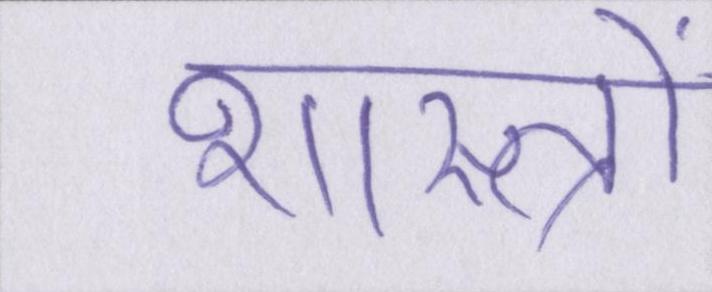
शास्त्रों